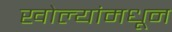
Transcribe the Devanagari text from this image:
खोल्यांमधून